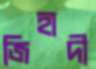
জিহাদী